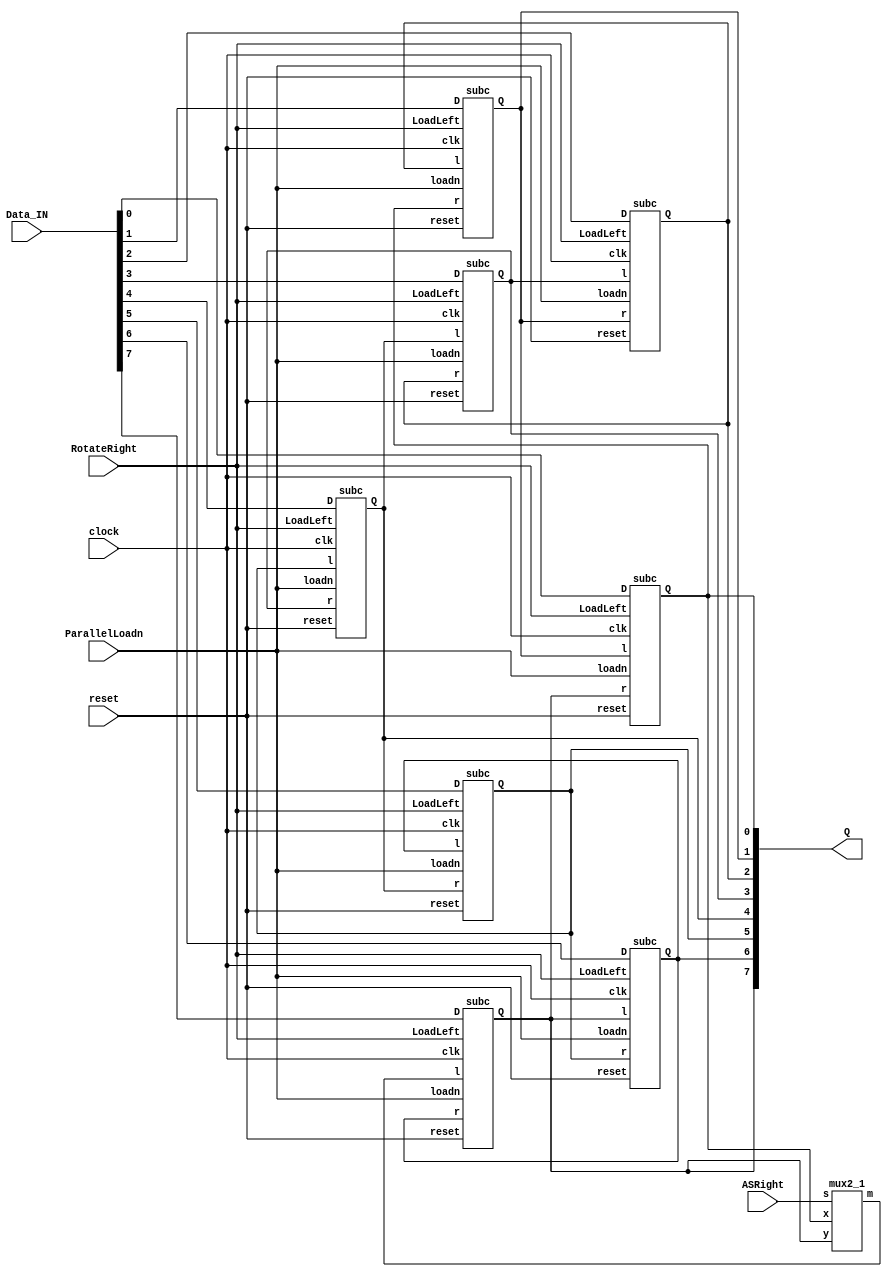
module part3(clock, reset, ParallelLoadn, RotateRight, ASRight, Data_IN, Q);


input[7:0] Data_IN;

input clock, ParallelLoadn, RotateRight, reset, ASRight;

output [7:0] Q;


wire w1;


subc C1(.l(Q[1]), .r(Q[7]),.D(Data_IN[0]), .loadn(ParallelLoadn), .LoadLeft(RotateRight),  .clk(clock), .reset(reset), .Q(Q[0]));
subc C2(.l(Q[2]), .r(Q[0]),.D(Data_IN[1]), .loadn(ParallelLoadn), .LoadLeft(RotateRight), .clk(clock), .reset(reset), .Q(Q[1]));
subc C3(.l(Q[3]), .r(Q[1]),.D(Data_IN[2]), .loadn(ParallelLoadn), .LoadLeft(RotateRight), .clk(clock), .reset(reset), .Q(Q[2]));
subc C4(.l(Q[4]), .r(Q[2]),.D(Data_IN[3]), .loadn(ParallelLoadn), .LoadLeft(RotateRight), .clk(clock), .reset(reset), .Q(Q[3]));
subc C5(.l(Q[5]), .r(Q[3]),.D(Data_IN[4]), .loadn(ParallelLoadn), .LoadLeft(RotateRight), .clk(clock), .reset(reset), .Q(Q[4]));
subc C6(.l(Q[6]), .r(Q[4]),.D(Data_IN[5]), .loadn(ParallelLoadn), .LoadLeft(RotateRight), .clk(clock), .reset(reset), .Q(Q[5]));
subc C7(.l(Q[7]), .r(Q[5]),.D(Data_IN[6]), .loadn(ParallelLoadn), .LoadLeft(RotateRight), .clk(clock),.reset(reset), .Q(Q[6]));
subc C8(.l(w1), .r(Q[6]), .LoadLeft(RotateRight), .D(Data_IN[7]), .loadn(ParallelLoadn), .clk(clock), .reset(reset), .Q(Q[7]));


mux2_1 M3(Q[0],Q[7], ASRight, w1);



endmodule




module ff(Clk, R, q, d);
input Clk;
input R;
input d;
output reg q;

always @(posedge Clk)
	begin 
		if(R == 1)
		q <= 0;
		else
		q <= d; 
	end
endmodule


module subc(r, l, LoadLeft,clk, reset, Q , D, loadn);

input r, l, LoadLeft, D, loadn, clk, reset;
output Q;
wire x;
wire y;

mux2_1 m1(.x(r), .y(l), .s(LoadLeft), .m(x));
mux2_1 m2(.x(D), .y(x), .s(loadn), .m(y));

  ff ff1(.Clk(clk), .R(reset), .q(Q), .d(y));

endmodule



module mux2_1(x, y, s, m);

output m;
input x;
input y;
input s;

assign m = s ? y:x;

endmodule